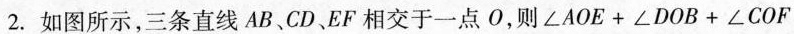
2. 如图所示，三条直线 AB、CD、EF相交于一点 O，则$$∠ A O E + ∠ D O B + ∠ C O F$$